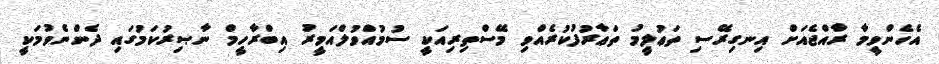
އެހެންވީމާ ރާއްޖެއަށް އިނގިރޭސި ތަޢުލީމު ތަޢާރުފުކުރެއްވި މޭސްތިރިއަކީ ސުމުއްވުލްއަމީރު އިބްރާހީމް ނާޞިރުކަމުގައި ދެންނެވުމަކީ